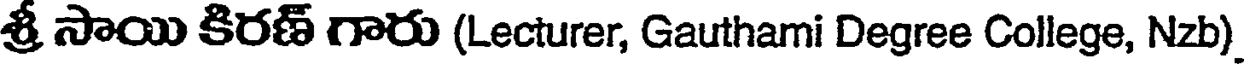
శ్రీ సాయి కిరణ్ గారు (Lecturer, Gauthami Degree College, Nzb)